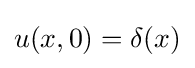
u(x,0)=\delta (x)